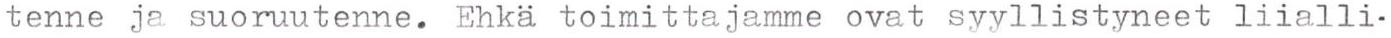
tenne ja suoruutenne. Ehkä toimittajamme ovat syyllistyneet liialli-